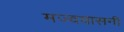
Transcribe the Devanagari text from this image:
मज्दयासनी